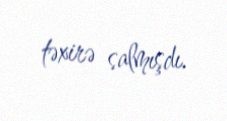
təxirə salmışdı.